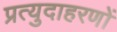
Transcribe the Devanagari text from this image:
प्रत्युदाहरणों